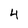
Character: 4